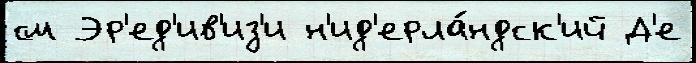
см Эр'ед'ив'из'и н'ид'ерла́ндск'ий Д'е